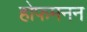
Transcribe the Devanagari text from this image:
होफमनन